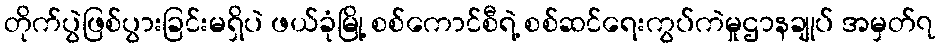
တိုက်ပွဲဖြစ်ပွားခြင်းမရှိပဲ ဖယ်ခုံမြို့ စစ်ကောင်စီရဲ့ စစ်ဆင်ရေးကွပ်ကဲမှုဌာနချုပ် အမှတ်၇